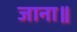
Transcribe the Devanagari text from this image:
जाना॥